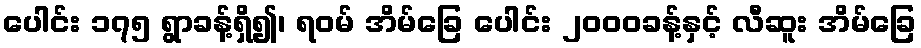
ပေါင်း ၁၇၅ ရွာခန့်ရှိ၍၊ ရဝမ် အိမ်ခြေ ပေါင်း ၂၀၀၀ခန့်နှင့် လီဆူး အိမ်ခြေ